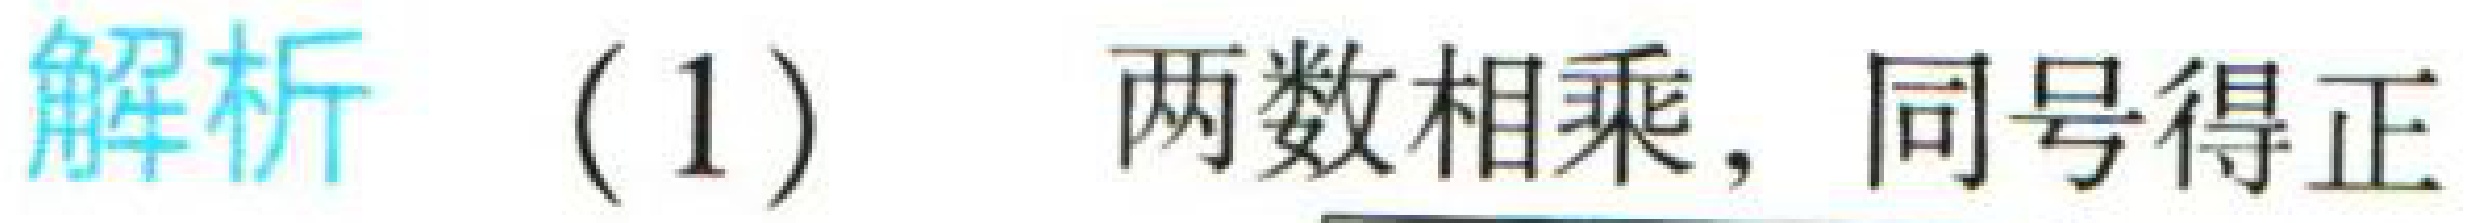
解析 (1) 两数相乘，同号得正